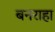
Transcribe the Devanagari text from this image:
बनराहा